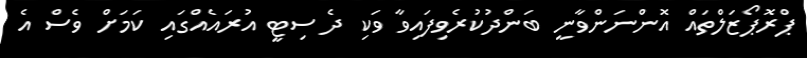
ޕްރޮޕޯޒަލްތައް އޮންނަންވާނީ ބަންދުކުރެވިފައިވާ ވަކި ދެ ސިޓީ އުރައެއްގައި ކަމަށް ވެސް އެ